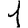
Digit: 1